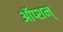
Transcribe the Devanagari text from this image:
ऑप्शन्